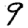
Digit: 9